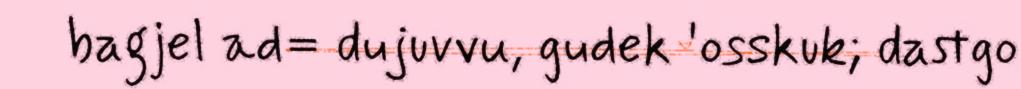
bagjel ad= dujuvvu, gudek 'osskuk; dastgo